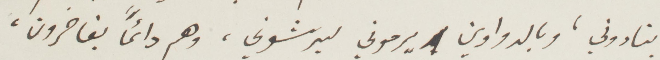
ينادوني، وبالدواوين يرموني ليرشوني، وهم دائمًا يفاخرون،